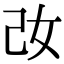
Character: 妀